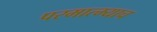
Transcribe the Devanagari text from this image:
परमात्म्याच